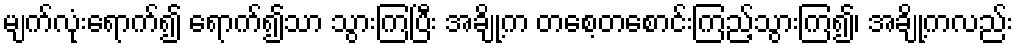
မျက်လုံးရောက်၍ ရောက်၍သာ သွားကြပြီး အချို့က တစေ့တစောင်းကြည့်သွားကြ၍၊ အချို့ကလည်း